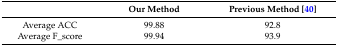
<table><thead><tr><td></td><td><b>Our Method</b></td><td><b>Previous Method [40]</b></td></tr></thead><tbody><tr><td>Average ACC</td><td>99.88</td><td>92.8</td></tr><tr><td>Average F_score</td><td>99.94</td><td>93.9</td></tr></tbody></table>